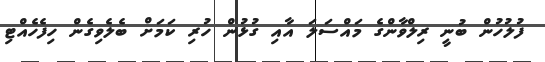
ފުލުހުން ބުނީ ރިލްވާންގެ މައްސަލަ އާއި ގުޅުން ހުރި ކަމަށް ބެލެވިގެން ހިފެހެއްޓި